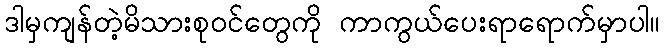
ဒါမှကျန်တဲ့မိသားစုဝင်တွေကို ကာကွယ်ပေးရာရောက်မှာပါ။